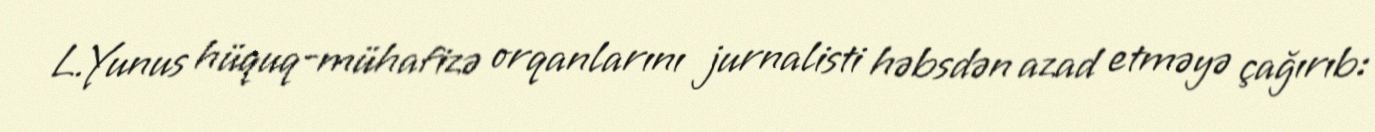
L.Yunus hüquq-mühafizə orqanlarını jurnalisti həbsdən azad etməyə çağırıb: